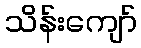
သိန်းကျော်